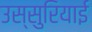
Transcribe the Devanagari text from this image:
उस्सुरियाई